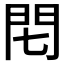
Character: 𨳍